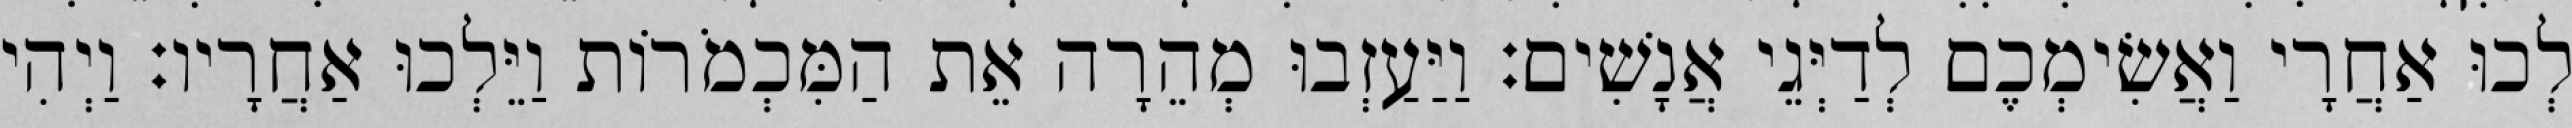
לְכוּ אַחֲרָי וַאֲשִׂימְכֶם לְדַיְּגֵי אֲנָשִׁים׃ וַיַּעַזְבוּ מְהֵרָה אֵת הַמִּכְמֹרוֹת וַיֵּלְכוּ אַחֲרָיו׃ וַיְהִי